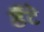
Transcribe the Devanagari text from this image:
डैंटे